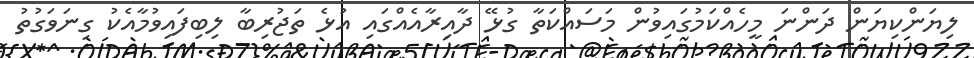
ލިޔަންކިޔަން ދަންނަ މީހެއްކަމުގައިވުން މަސައްކަތާ ގުޅޭ ދާއިރާއެއްގައި އުޅެ ތަޖުރިބާ ލިބިފައިވުމާއެކު ގިނަވަގުތު